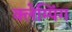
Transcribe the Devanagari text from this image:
क्लेम्पिंग